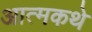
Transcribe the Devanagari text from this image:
आत्मकथे